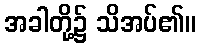
အခါတို့၌ သိအပ်၏။